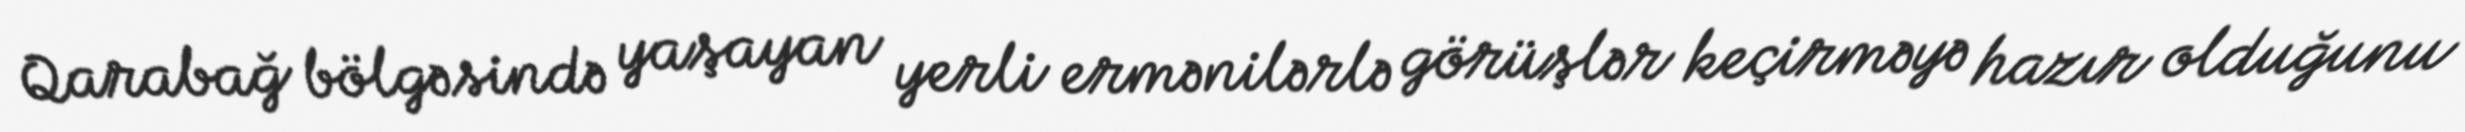
Qarabağ bölgəsində yaşayan yerli ermənilərlə görüşlər keçirməyə hazır olduğunu